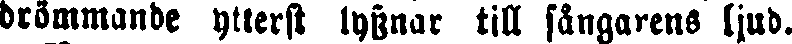
drömmande ytterst lyssnar till sångarens ljud.